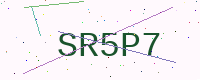
Text: SR5P7